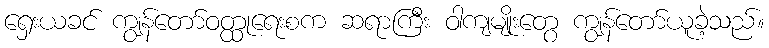
ရှေးယခင် ကျွန်တော်ဝတ္ထုရေးစက ဆရာကြီး ဝါကျမျိုးတွေ ကျွန်တော်ယူခဲ့သည်။